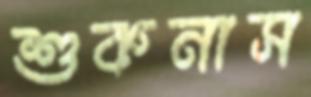
শুকনাস